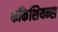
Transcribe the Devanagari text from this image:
कॉकेशियन्स